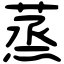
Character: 蒸